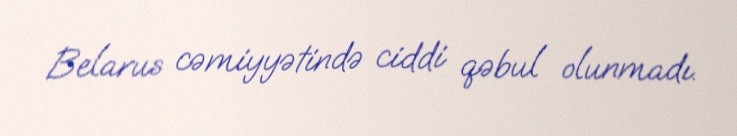
Belarus cəmiyyətində ciddi qəbul olunmadı.